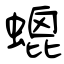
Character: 螕